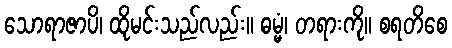
သောရာဇာပိ၊ ထိုမင်းသည်လည်း။ ဓမ္မံ၊ တရားကို။ စရတိစေ